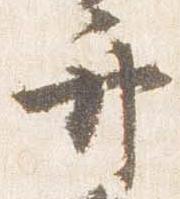
弁